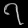
Digit: ၇